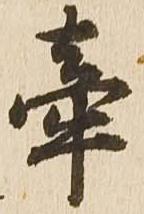
牽